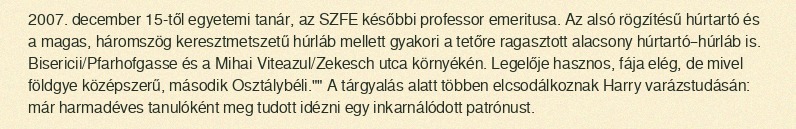
2007. december 15-től egyetemi tanár, az SZFE későbbi professor emeritusa. Az alsó rögzítésű húrtartó és a magas, háromszög keresztmetszetű húrláb mellett gyakori a tetőre ragasztott alacsony húrtartó–húrláb is. Bisericii/Pfarhofgasse és a Mihai Viteazul/Zekesch utca környékén. Legelője hasznos, fája elég, de mivel földgye középszerű, második Osztálybéli."" A tárgyalás alatt többen elcsodálkoznak Harry varázstudásán: már harmadéves tanulóként meg tudott idézni egy inkarnálódott patrónust.